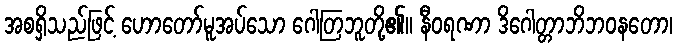
အစရှိသည်ဖြင့် ဟောတော်မူအပ်သော ဂေါတြဘူတို့၏။ နီဝရဏာ ဒိဂေါတ္တာဘိဘဝနတော၊